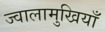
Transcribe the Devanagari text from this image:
ज्वालामुखियाँ